Indian journal of veterinary science and animal husbandry - Volumes 24-25, 1954-1955
Year: 1954
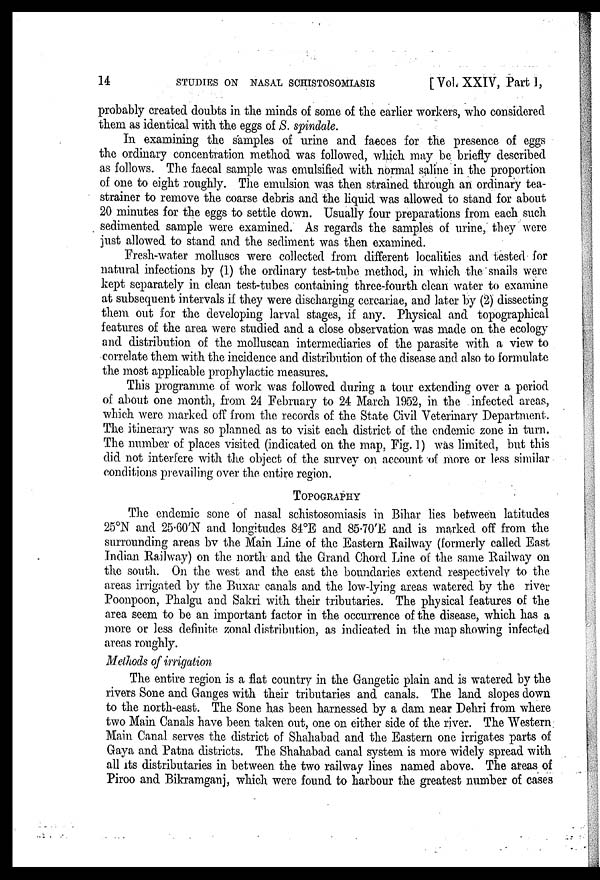
14 STUDIES ON NASAL SCHISTOSOMIASIS [Vol. XXIV, Part I,
probably created doubts in the minds of some of the earlier workers, who considered
them as identical with the eggs of S. spindale.
In examining the samples of urine and faeces for the presence of eggs
the ordinary concentration method was followed, which may be briefly described
as follows. The faecal sample was emulsified with normal saline in the proportion
of one to eight roughly. The emulsion was then strained through an ordinary tea-
strainer to remove the coarse debris and the liquid was allowed to stand for about
20 minutes for the eggs to settle down. Usually four preparations from each such
sedimented sample were examined. As regards the samples of urine, they were
just allowed to stand and the sediment was then examined.
Fresh-water molluscs were collected from different localities and tested for
natural infections by (1) the ordinary test-tube method, in which the snails were
kept separately in clean test-tubes containing three-fourth clean water to examine
at subsequent intervals if they were discharging cercariae, and later by (2) dissecting
them out for the developing larval stages, if any. Physical and topographical
features of the area were studied and a close observation was made on the ecology
and distribution of the molluscan intermediaries of the parasite with a view to
correlate them with the incidence and distribution of the disease and also to formulate
the most applicable prophylactic measures.
This programme of work was followed during a tour extending over a period
of about one month, from 24 February to 24 March 1952, in the infected areas,
which were marked off from the records of the State Civil Veterinary Department.
The itinerary was so planned as to visit each district of the endemic zone in turn.
The number of places visited (indicated on the map, Fig. 1) was limited, but this
did not interfere with the object of the survey on account of more or less similar
conditions prevailing over the entire region.
TOPOGRAPHY
The endemic sone of nasal schistosomiasis in Bihar lies between latitudes
25ºN and 25.60'N and longitudes 84ºE and 85.70'E and is marked off from the
surrounding areas by the Main Line of the Eastern Railway (formerly called East
Indian Railway) on the north and the Grand Chord Line of the same Railway on
the south. On the west and the east the boundaries extend respectively to the
areas irrigated by the Buxar canals and the low-lying areas watered by the river
Poonpoon, Phalgu and Sakri with their tributaries. The physical features of the
area seem to be an important factor in the occurrence of the disease, which has a
more or less definite zonal distribution, as indicated in the map showing infected
areas roughly.
Methods of irrigation
The entire region is a flat country in the Gangetic plain and is watered by the
rivers Sone and Ganges with their tributaries and canals. The land slopes down
to the north-east. The Sone has been harnessed by a dam near Dehri from where
two Main Canals have been taken out, one on either side of the river. The Western
Main Canal serves the district of Shahabad and the Eastern one irrigates parts of
Gaya and Patna districts. The Shahabad canal system is more widely spread with
all its distributaries in between the two railway lines named above. The areas of
Piroo and Bikramganj, which were found to harbour the greatest number of cases